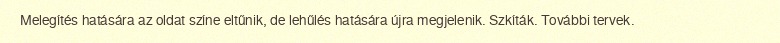
Melegítés hatására az oldat színe eltűnik, de lehűlés hatására újra megjelenik. Szkíták. További tervek.